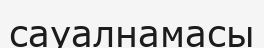
сауалнамасы